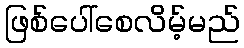
ဖြစ်ပေါ်စေလိမ့်မည်